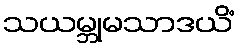
သယမ္ဘုမသာဒယိံ